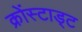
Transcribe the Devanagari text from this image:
क्रोंस्टाड्ट